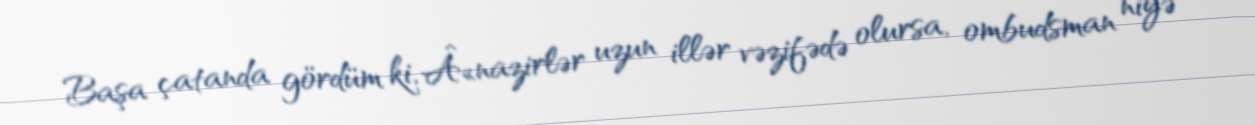
Başa çatanda gördüm ki, Â«nazirlər uzun illər vəzifədə olursa, ombudsman niyə